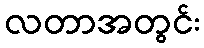
လတာအတွင်း